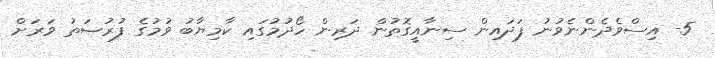
5- އިސްވެދެންނެވުނު ފަދައިން ސިނާއީގޮތުން ދަރިން ހޯދުމުގައި ކާމިޔާބު ވުމުގެ ފުރުޞަތު ވަރަށް